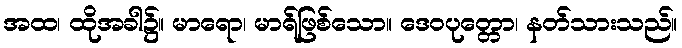
အထ၊ ထိုအခါ၌။ မာရော၊ မာရ်ဖြစ်သော။ ဒေဝပုတ္တော၊ နတ်သားသည်။